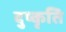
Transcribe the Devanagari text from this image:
दुष्कृति